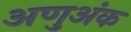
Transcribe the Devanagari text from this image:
अणुअंक